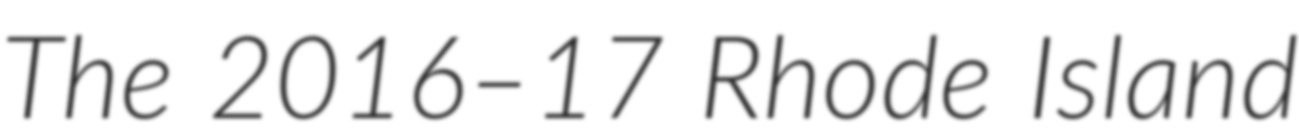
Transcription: The 2016–17 Rhode Island